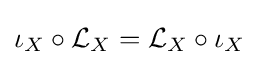
\iota _{X}\circ {\mathcal {L}}_{X}={\mathcal {L}}_{X}\circ \iota _{X}